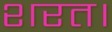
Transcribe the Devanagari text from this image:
शरत।